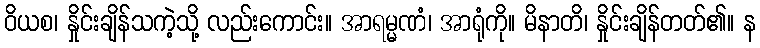
ဝိယစ၊ နှိုင်းချိန်သကဲ့သို့ လည်းကောင်း။ အာရမ္မဏံ၊ အာရုံကို။ မိနာတိ၊ နှိုင်းချိန်တတ်၏။ န